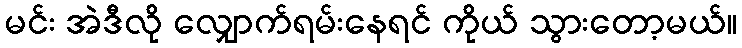
မင်း အဲဒီလို လျှောက်ရမ်းနေရင် ကိုယ် သွားတော့မယ်။